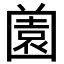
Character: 𡈤